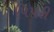
પિપરી